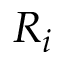
R _ { i }